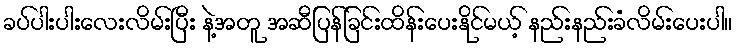
ခပ်ပါးပါးလေးလိမ်းပြီး နဲ့အတူ အဆီပြန်ခြင်းထိန်းပေးနိုင်မယ့် နည်းနည်းခံလိမ်းပေးပါ။